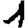
Digit: 1